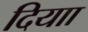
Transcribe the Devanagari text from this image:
दियाा